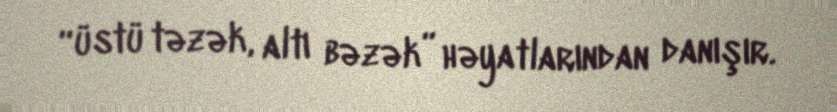
“üstü təzək, altı bəzək” həyatlarından danışır.